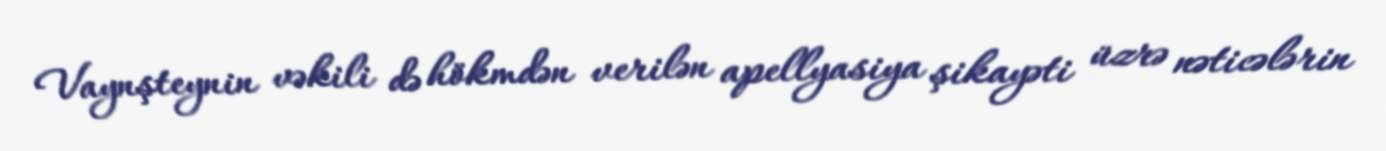
Vaynşteynin vəkili də hökmdən verilən apellyasiya şikayəti üzrə nəticələrin